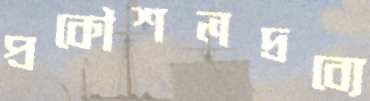
প্রকৌশলদ্রব্যে